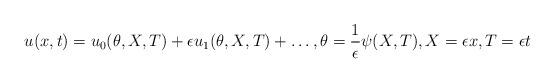
LaTeX: \begin{align*}u(x,t) &= u_{0}(\theta,X,T) + \epsilon u_{1}(\theta,X,T) + \dots,\theta = \frac{1}{\epsilon}\psi(X,T), X=\epsilon x, T=\epsilon t\end{align*}